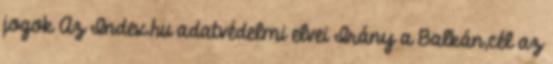
jogok Az Index.hu adatvédelmi elvei Irány a Balkán,cél az